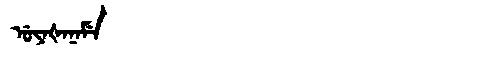
Manchu: ᡠᠶᠠᡧᠠᠨᠠᠮᡝ
Romanization: UYAŠANAME